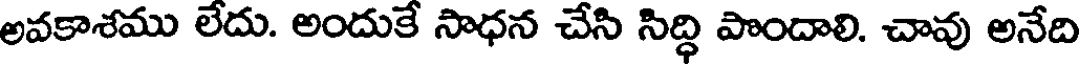
అవకాశము లేదు. అందుకే సాధన చేసి సిద్ధి పొందాలి. చావు అనేది